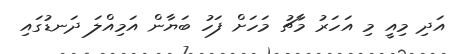
އަދި މިއީ މި އަހަރު މާޗު މަހަށް ފަހު ބަޔާން އަމިއްލަ ދަނޑުގައި